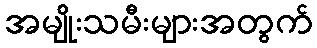
အမျိုးသမီးများအတွက်